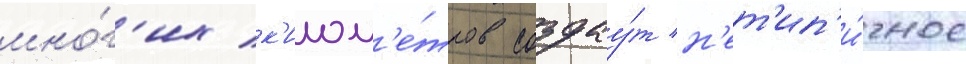
мно́г'их к'илом'е́тров создау́т н'ет'ип'и́чное